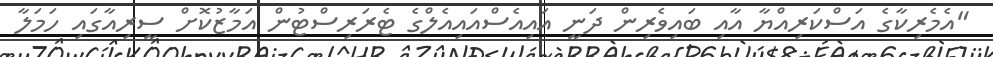
"އެމެރިކާގެ އަސްކަރިއްޔާ އާއި ބައިވެރިން ދަނީ އައިއެސްއައިއެލްގެ ޓެރަރިސްޓުން އަމާޒުކޮށް ސީރިއާގައި ހަމަލާ